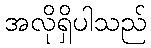
အလိုရှိပါသည်